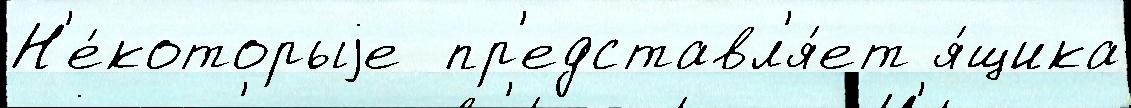
Н'е́которыjе  пр'едставл'я́ет я́щика